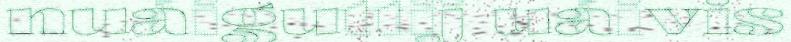
nuáiguttij uáivis